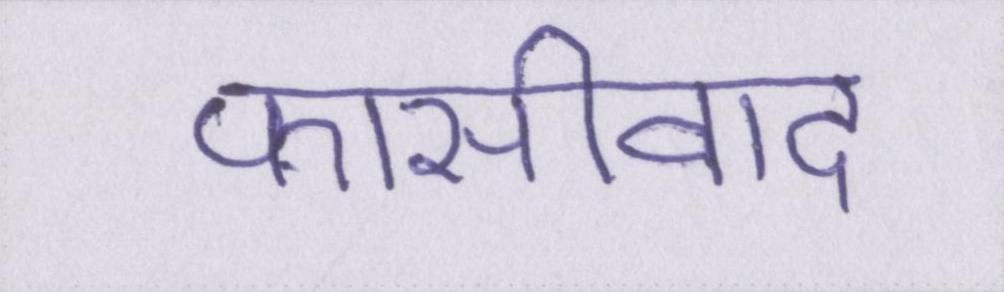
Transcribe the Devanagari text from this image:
फासीवाद